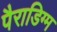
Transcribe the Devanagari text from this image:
पैराडिग्म